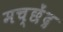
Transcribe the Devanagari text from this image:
मच्छेंद्र